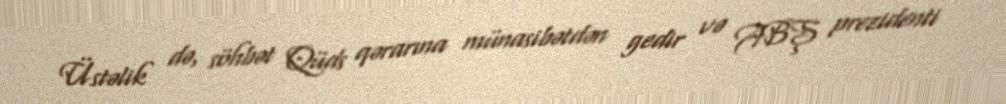
Üstəlik də, söhbət Qüds qərarına münasibətdən gedir və ABŞ prezidenti